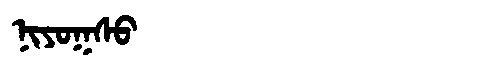
Manchu: ᠨᡳᠶᠣᡴᠰᠣ
Romanization: NIYOKSO